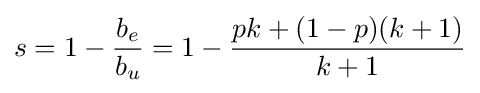
s=1-{\frac {b_{e}}{b_{u}}}=1-{\frac {pk+(1-p)(k+1)}{k+1}}